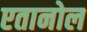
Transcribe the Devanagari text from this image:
एतानोल